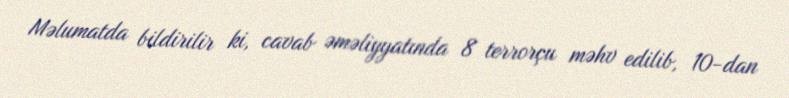
Məlumatda bildirilir ki, cavab əməliyyatında 8 terrorçu məhv edilib, 10-dan